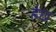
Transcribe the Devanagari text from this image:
हेछ